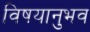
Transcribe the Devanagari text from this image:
विषयानुभव